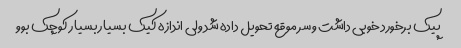
پیک برخورد خوبی داشت و سر موقع تحویل داده شد ولی اندازه کیک بسیار بسیار کوچک بوو